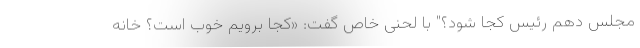
مجلس دهم رئیس کجا شود؟" با لحنی خاص گفت: «کجا برویم خوب است؟ خانه